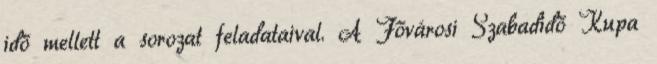
idő mellett a sorozat feladataival. A Fővárosi Szabadidő Kupa